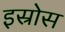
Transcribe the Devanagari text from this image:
इस्रोस